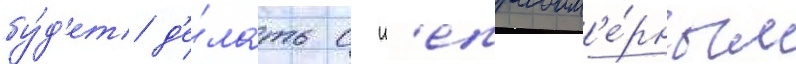
бу́д'ет д'е́лать с н'еправом'е́рным